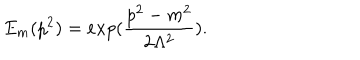
E _ { m } ( p ^ { 2 } ) = e x p ( \frac { p ^ { 2 } - m ^ { 2 } } { 2 \Lambda ^ { 2 } } ) .